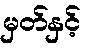
မှတ်နှင့်